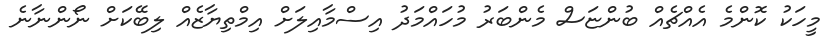
މީހަކު ކޮންމެ އެއްޗެއް ބުންޏަސް މެންބަރު މުހައްމަދު އިސްމާއިލަށް އިމްތިޔާޒެއް ލިބޭކަށް ނޯންނާނެ